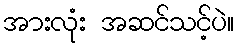
အားလုံး အဆင်သင့်ပဲ။